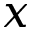
x